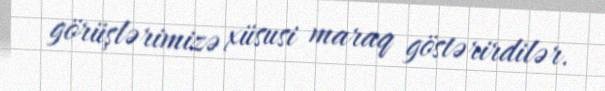
görüşlərimizə xüsusi maraq göstərirdilər.